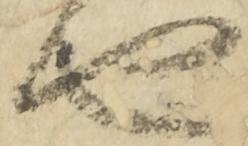
由